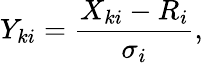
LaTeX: Y_{ki}=\frac{X_{ki}-R_{i}}{\sigma_{i}},